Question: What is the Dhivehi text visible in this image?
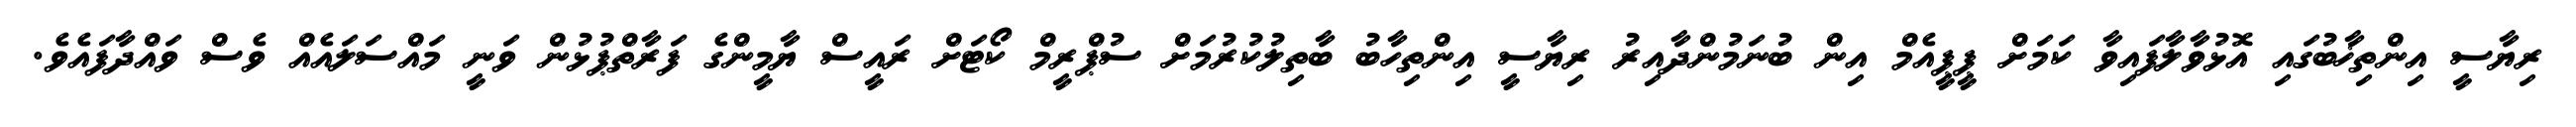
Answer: ރިޔާސީ އިންތިޚާބުގައި އޮޅުވާލާފައިވާ ކަމަށް ޕީޕީއެމް އިން ބުނަމުންދާއިރު ރިޔާސީ އިންތިހާބު ބާތިލުކުރުމަށް ސުޕްރީމް ކޯޓަށް ރައީސް ޔާމީންގެ ފަރާތްޕުޅުން ވަނީ މައްސަލައެއް ވެސް ވައްދާފައެވެ.